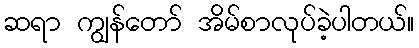
ဆရာ ကျွန်တော် အိမ်စာလုပ်ခဲ့ပါတယ်။